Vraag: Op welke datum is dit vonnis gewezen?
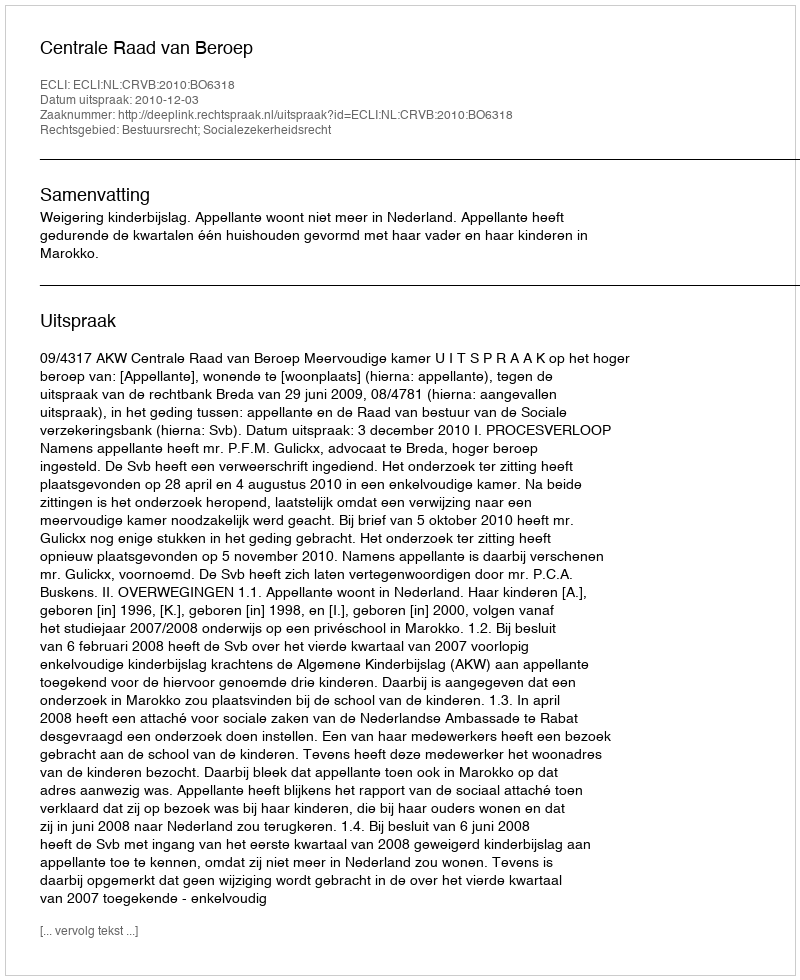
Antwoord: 2010-12-03